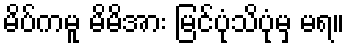
မိပ်ကမူ မိမိအား မြင်ပုံသိပုံမှ မရ။